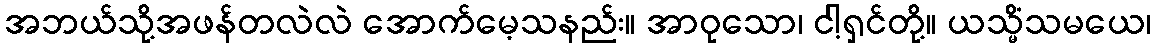
အဘယ်သို့အဖန်တလဲလဲ အောက်မေ့သနည်း။ အာဝုသော၊ ငါ့ရှင်တို့။ ယသ္မိံသမယေ၊